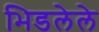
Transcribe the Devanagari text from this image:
भिडलेले